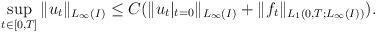
LaTeX: \begin{align*}\sup_{t\in [0,T]} \|u_t\|_{L_\infty(I)} \leq C(\|u_t|_{t=0}\|_{L_\infty(I)}+\|f_t\|_{L_1(0,T;L_\infty(I))}).\end{align*}